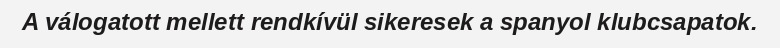
A válogatott mellett rendkívül sikeresek a spanyol klubcsapatok.